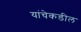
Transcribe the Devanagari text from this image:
यांचेकडील